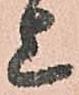
上